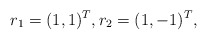
\begin{align*}r_1=(1,1)^T,r_2=(1,-1)^T,\end{align*}